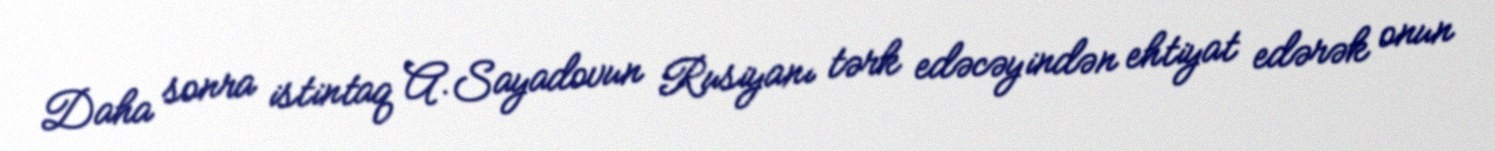
Daha sonra istintaq A.Sayadovun Rusiyanı tərk edəcəyindən ehtiyat edərək onun